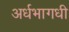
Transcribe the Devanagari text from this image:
अर्धभागधी